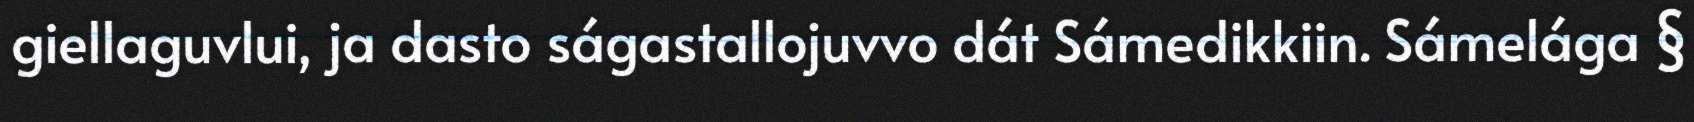
giellaguvlui, ja dasto ságastallojuvvo dát Sámedikkiin. Sámelága §